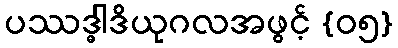
ပဿဒ္ဓါဒိယုဂလအဖွင့် {၀၅}